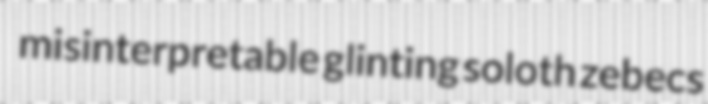
misinterpretable glinting soloth zebecs